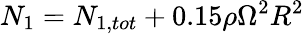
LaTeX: N_{1}=N_{1,tot}+0.15\rho\Omega^{2}R^{2}